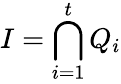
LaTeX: I=\bigcap_{i=1}^{t}Q_{i}